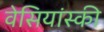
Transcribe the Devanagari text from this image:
वेसियांस्की